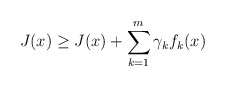
\begin{align*} J(x)\ge J(x)+\sum\limits_{k=1}^m\gamma_kf_k(x)\end{align*}